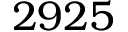
2 9 2 5